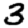
Digit: 3